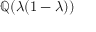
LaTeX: \mathbb { Q } ( \lambda ( 1 - \lambda ) )